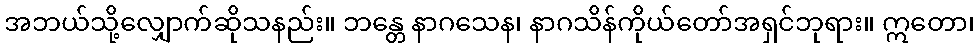
အဘယ်သို့လျှောက်ဆိုသနည်း။ ဘန္တေ နာဂသေန၊ နာဂသိန်ကိုယ်တော်အရှင်ဘုရား။ ဣတော၊